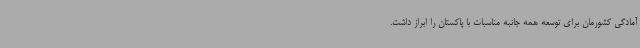
آمادگی کشورمان برای توسعه همه جانبه مناسبات با پاکستان را ابراز داشت.